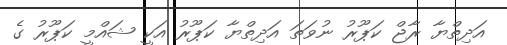
އަދިތްޔާ ރާޖް ކަޕޫރު ނުވަތަ އަދިތްޔާ ކަޕޫރު އަކީ ޝައްމީ ކަޕޫރު ގެ